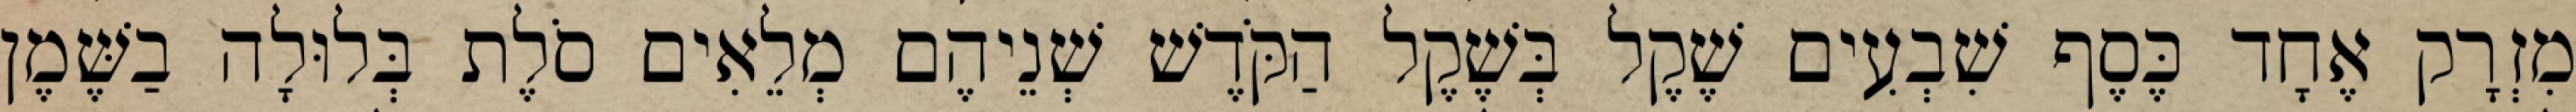
מִזְרָק אֶחָד כֶּסֶף שִׁבְעִים שֶׁקֶל בְּשֶׁקֶל הַקֹּדֶשׁ שְׁנֵיהֶם מְלֵאִים סֹלֶת בְּלוּלָה בַשֶּׁמֶן